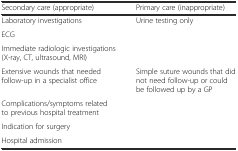
| Secondary care (appropriate) | Primary care (inappropriate) |
 | --- | --- |
 | Laboratory investigations | Urine testing only |
 | ECG |  |
 | Immediate radiologic investigations (X-ray, CT, ultrasound, MRI) |  |
 | Extensive wounds that needed follow-up in a specialist office | Simple suture wounds that did not need follow-up or could be followed up by a GP |
 | Complications/symptoms related to previous hospital treatment |  |
 | Indication for surgery |  |
 | Hospital admission |  |